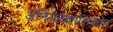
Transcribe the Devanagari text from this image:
अनियतकालिकांत